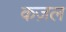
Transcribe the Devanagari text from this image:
कज़ल